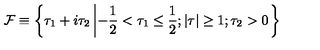
{ \cal F } \equiv \left\{ \tau _ { 1 } + i \tau _ { 2 } \left| - \frac { 1 } { 2 } < \tau _ { 1 } \leq \frac { 1 } { 2 } ; \vert \tau \vert \geq 1 ; \tau _ { 2 } > 0 \right. \right\}